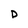
Character: D